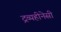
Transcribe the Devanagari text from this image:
द्रव्यहीनेसी